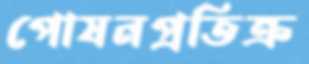
পোষনপ্রতিক্র